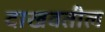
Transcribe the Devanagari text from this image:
दाखवतील